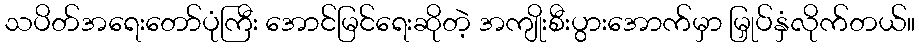
သပိတ်အရေးတော်ပုံကြီး အောင်မြင်ရေးဆိုတဲ့ အကျိုးစီးပွားအောက်မှာ မြှုပ်နှံလိုက်တယ်။